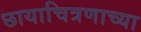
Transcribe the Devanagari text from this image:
छायाचित्रणाच्या